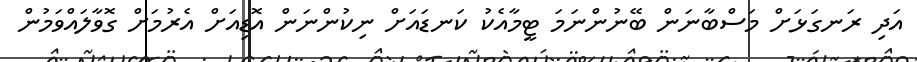
އަދި ރަނގަޅަށް މަސްބާނަން ބޭނުންނަމަ ޓީމާއެކު ކަނޑައަށް ނިކުންނަން އޮޑިއަށް އެރުމަށް ގޮވާލައްވަމުން